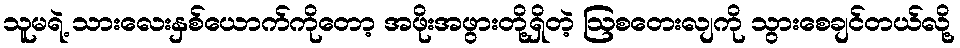
သူမရဲ့ သားလေးနှစ်ယောက်ကိုတော့ အဖိုးအဖွားတို့ရှိတဲ့ ဩစတေးလျကို သွားစေချင်တယ်လို့